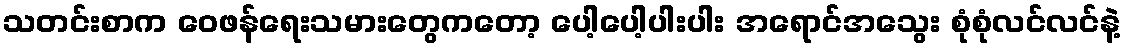
သတင်းစာက ဝေဖန်ရေးသမားတွေကတော့ ပေါ့ပေါ့ပါးပါး အရောင်အသွေး စုံစုံလင်လင်နဲ့